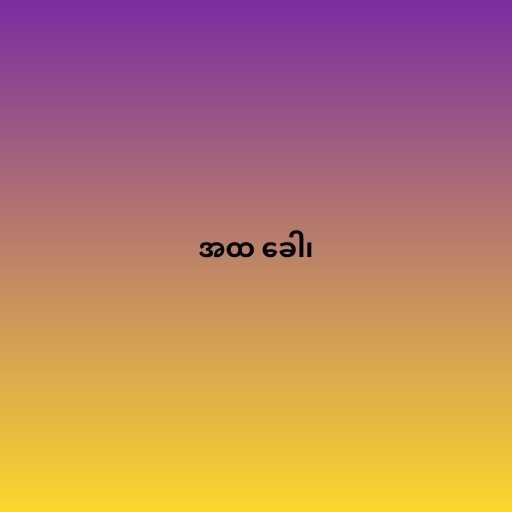
အထ ခေါ၊